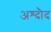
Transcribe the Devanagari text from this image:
अश्दौद